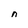
Character: n